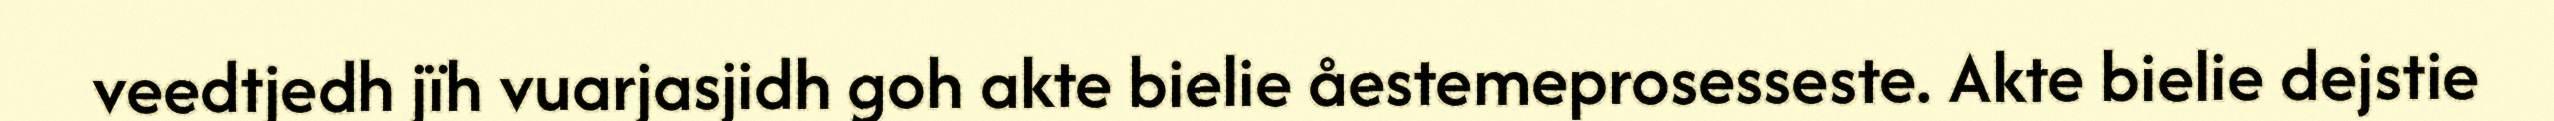
veedtjedh jïh vuarjasjidh goh akte bielie åestemeprosesseste. Akte bielie dejstie